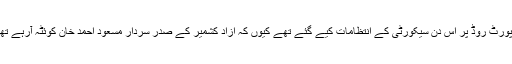
ایئرپورٹ روڈ پر اس دن سیکورٹی کے انتظامات کیے گئے تھے کیوں کہ آزاد کشمیر کے صدر سردار مسعود احمد خان کوئٹہ آرہے تھے ۔